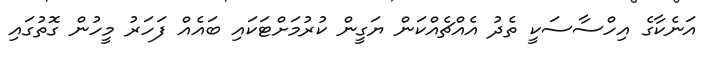
އަނެކާގެ އިހްސާސަކީ ތެދު އެއްޗެއްކަން ޔަގީން ކުރުމަށްޓަކައި ބައެއް ފަހަރު މީހުން ގޮތުގައި